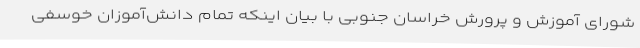
شورای آموزش و پرورش خراسان جنوبی با بیان اینکه تمام دانش‌آموزان خوسفی